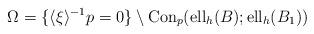
LaTeX: \begin{align*} \Omega=\{\langle\xi\rangle^{-1}p=0\}\setminus {\rm Con}_p({\rm ell}_h(B);{\rm ell}_h(B_1)) \end{align*}